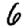
Digit: 6